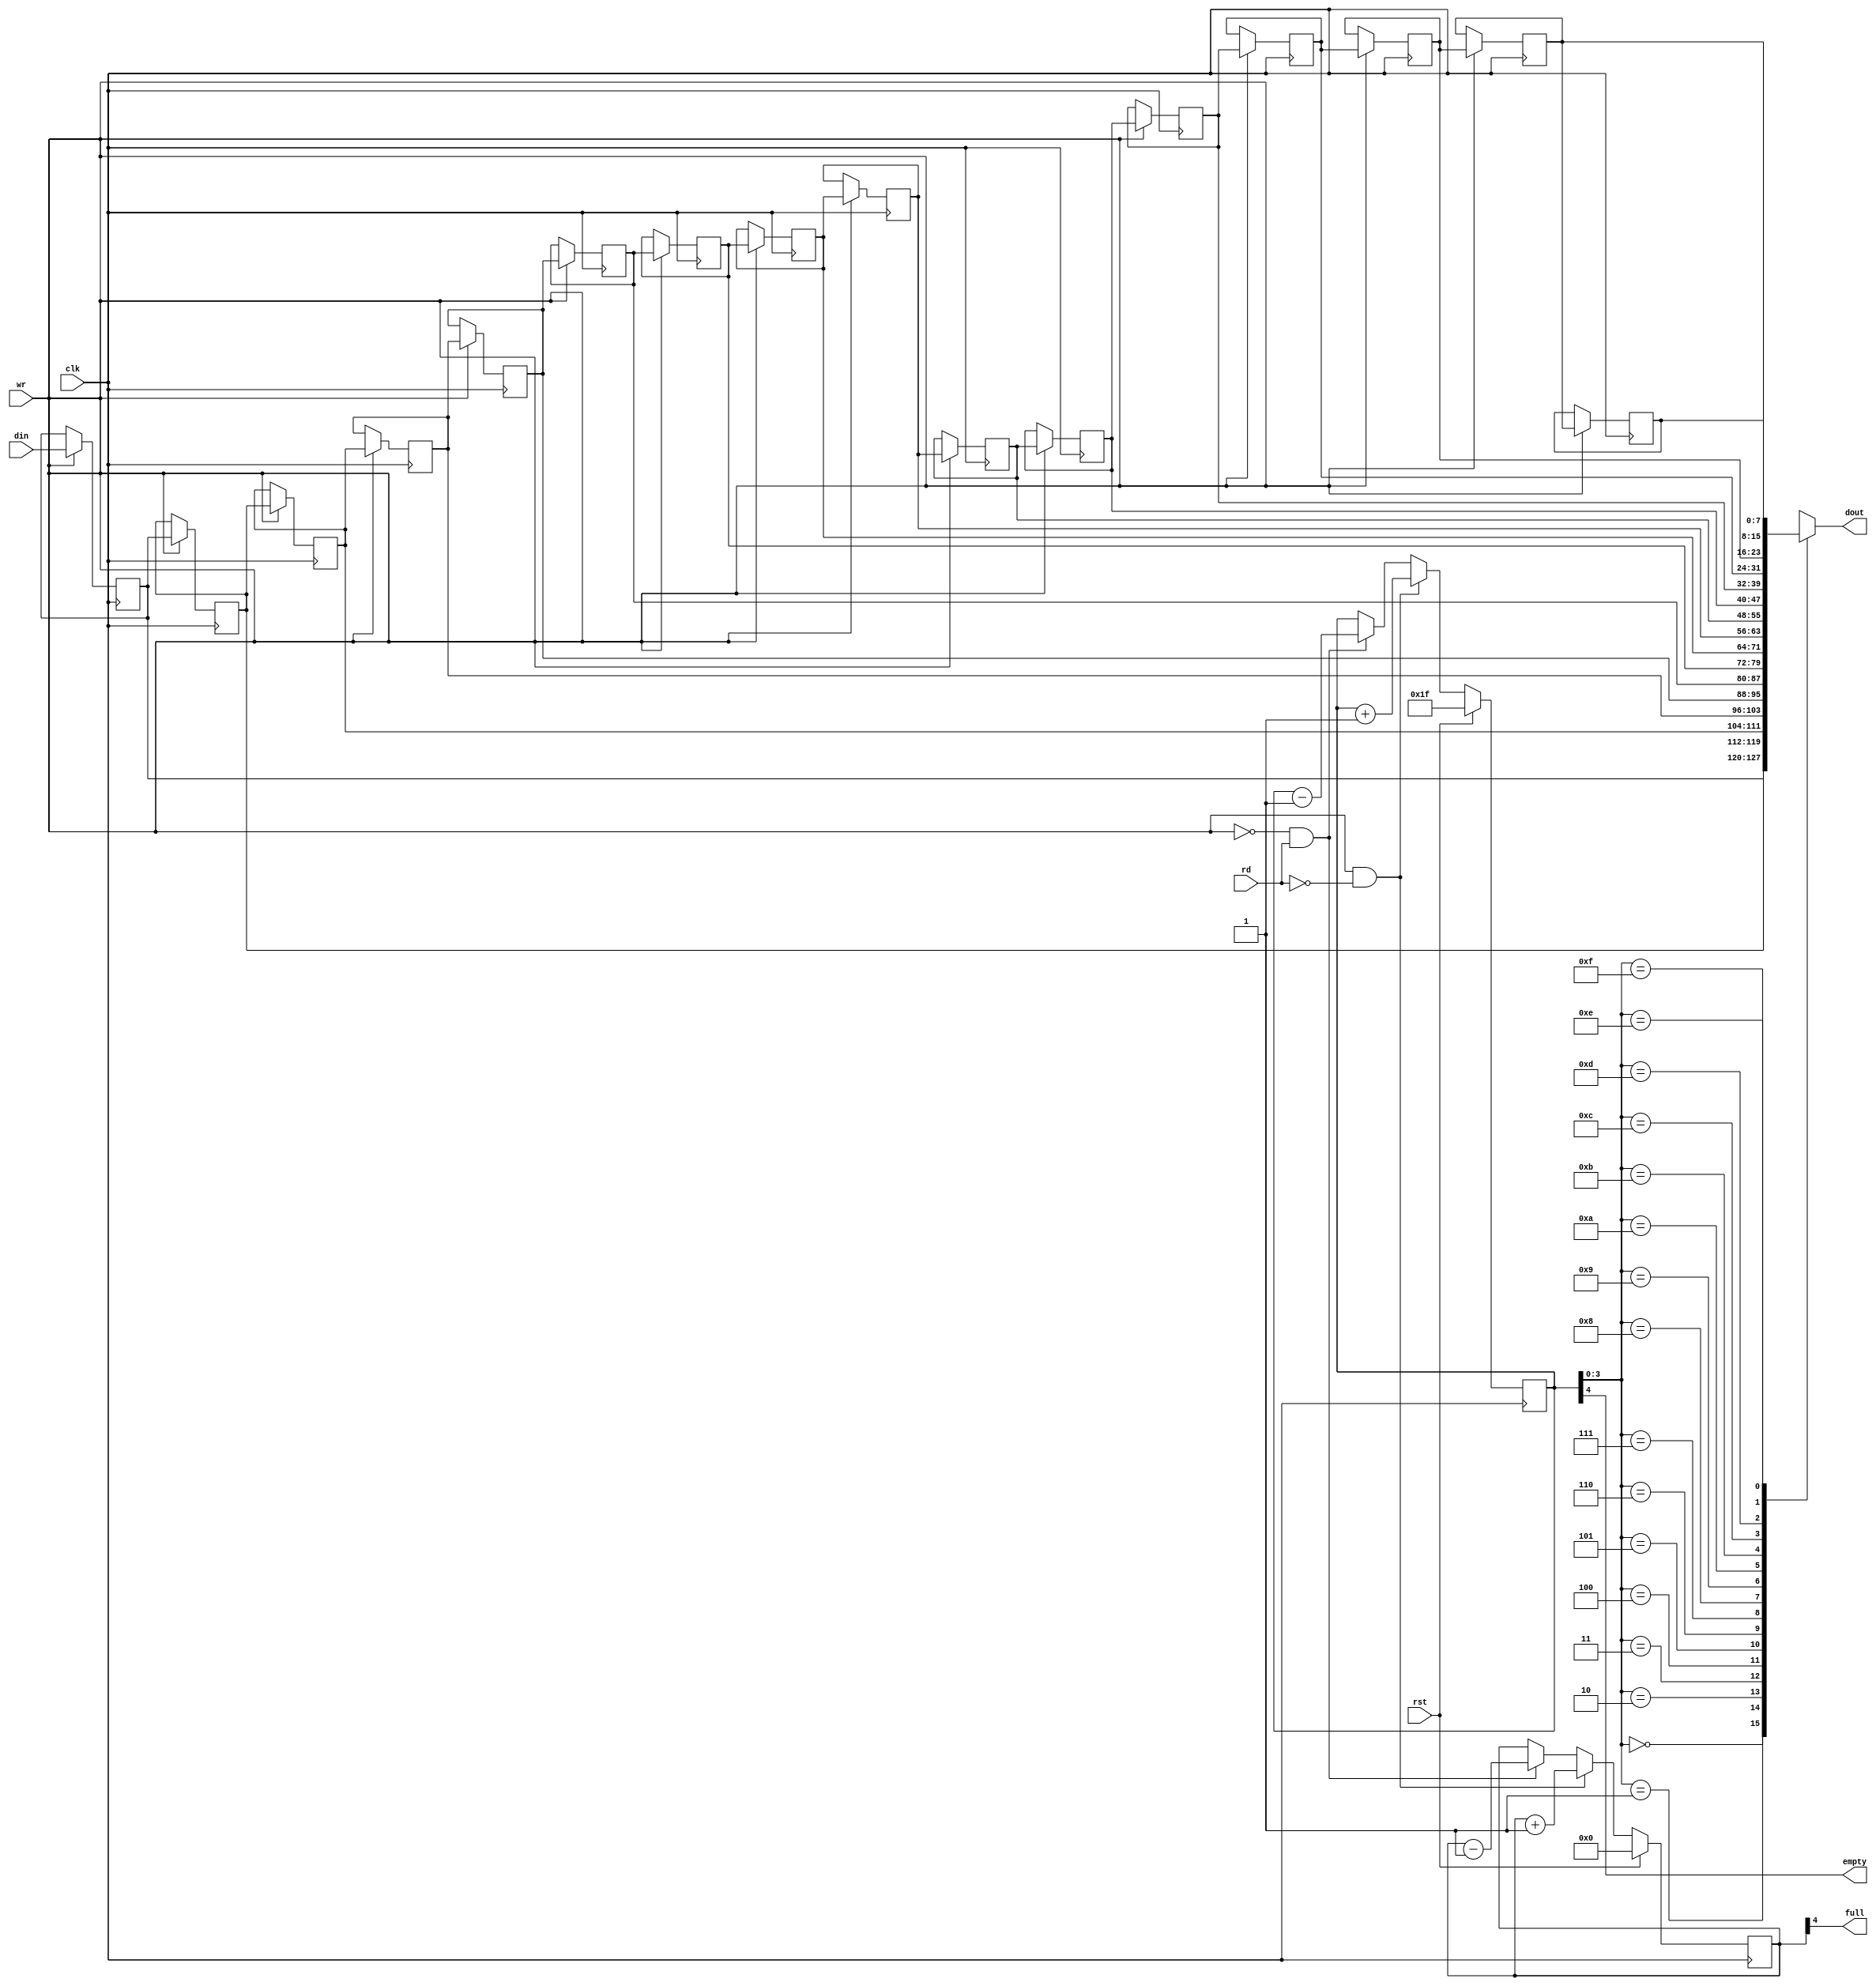
`timescale 1ns / 1ps

module srl_fifo #(
   parameter WIDTH=8
   ) (
   input              clk,
   input              rst,
   
   input              wr,
   input              rd,
   input  [WIDTH-1:0] din,
   output [WIDTH-1:0] dout,
   output             empty,
   output             full
)/* synthesis syn_hier = "hard" */;

// Generate 16-deep shift register
integer i;
reg [WIDTH-1:0] srl_shr[15:0];

always @ (posedge clk)
begin
   if(wr) begin
      for (i=15; i>0; i=i-1) begin
         srl_shr[i] <= srl_shr[i-1];
      end
      srl_shr[0] <= din;
   end
end

// Data counter
reg [4:0] srl_dcnt;
always @ (posedge clk)
begin
   if (rst) begin
      srl_dcnt <= 0;
   end
   else begin
      if (wr & ~rd)
         srl_dcnt <= srl_dcnt + 1'b1;
      else if (~wr & rd)
         srl_dcnt <= srl_dcnt - 1'b1;
   end
end

// Read address for the SRL, 5 bit wide
reg [4:0] srl_addr;
always @ (posedge clk)
begin
   if (rst) begin
      srl_addr <= 5'h1F;
   end
   else begin
      if (wr & ~rd)
         srl_addr <= srl_addr + 1'b1;
      else if (~wr & rd)
         srl_addr <= srl_addr - 1'b1;
   end
end

// FIFO status signals
assign empty = srl_addr[4];
assign full  = srl_dcnt[4];

// Asyncronous data output
assign dout = srl_shr[srl_addr[3:0]];

endmodule